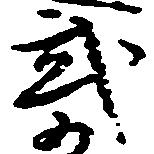
武